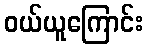
ဝယ်ယူကြောင်း